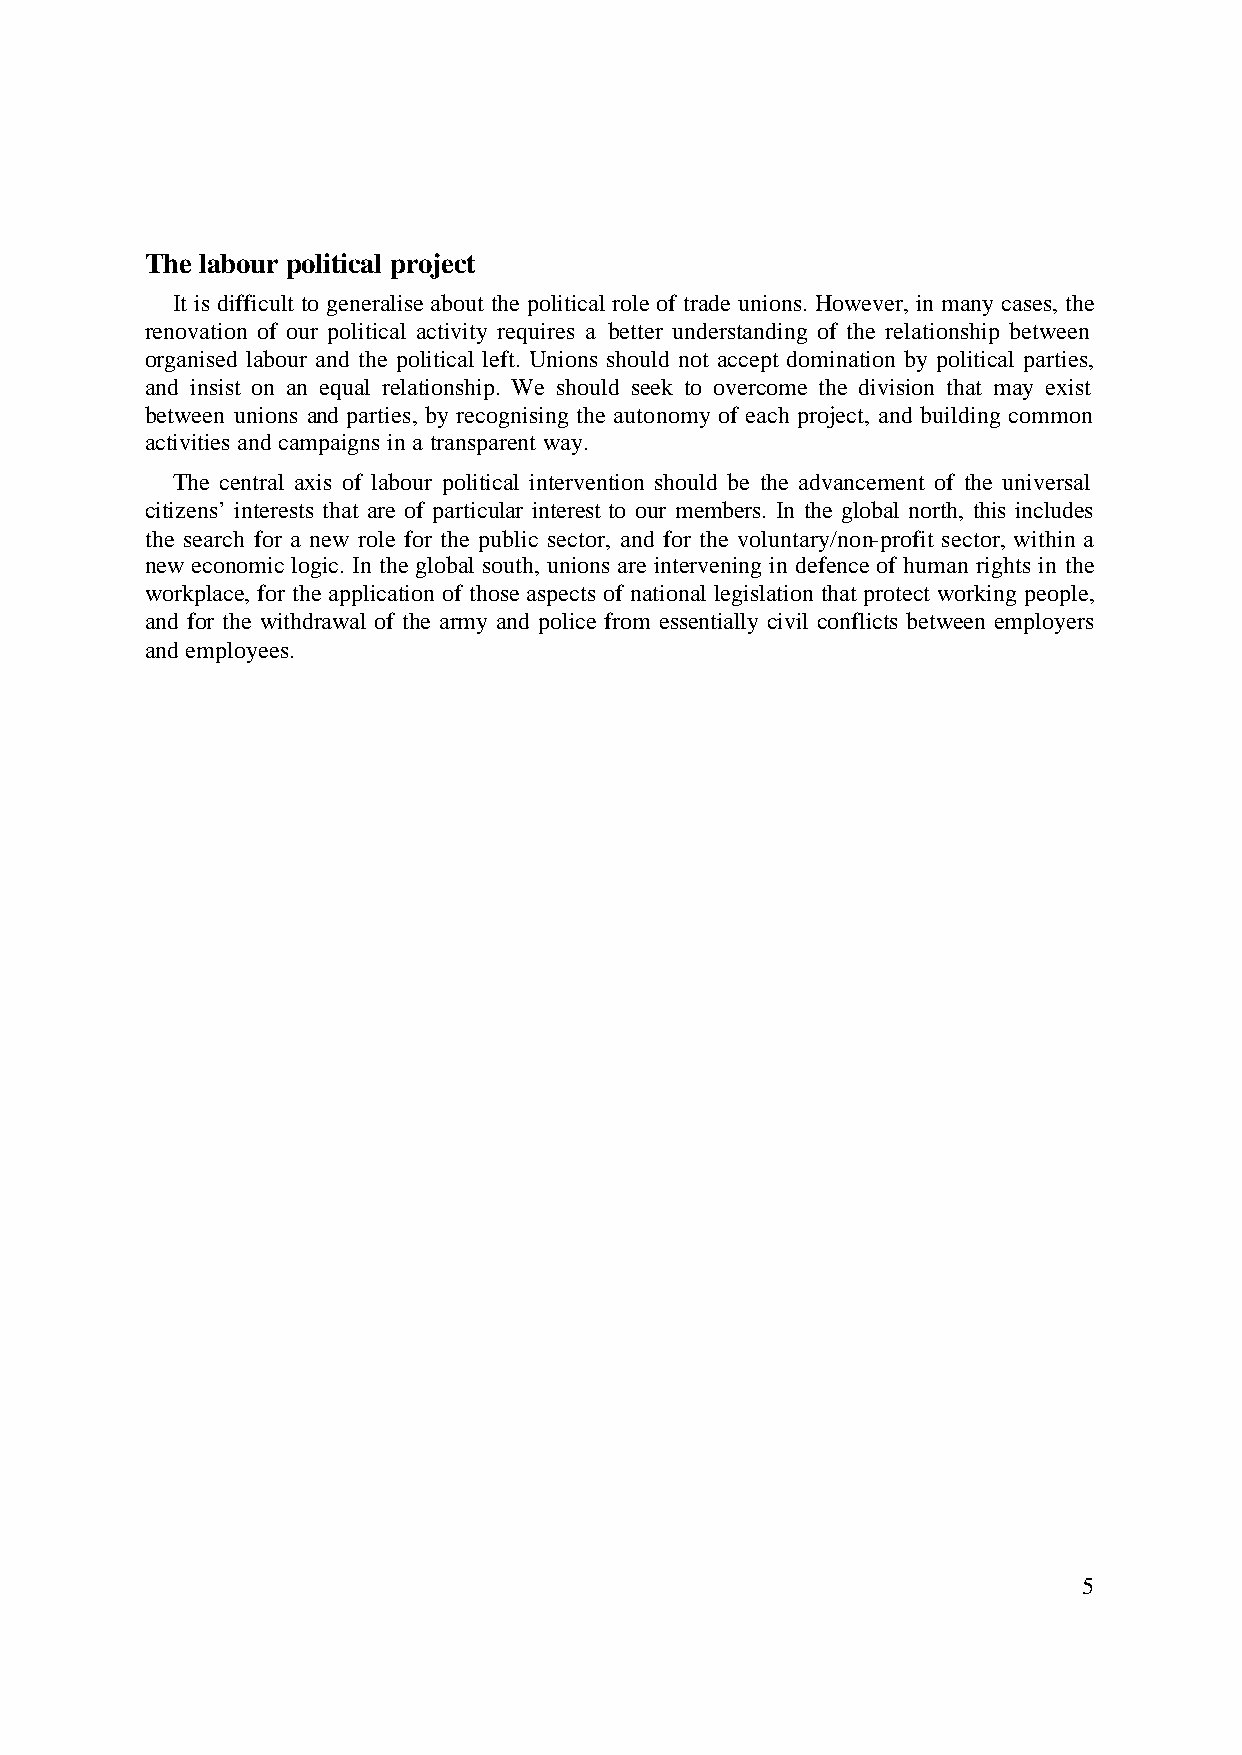
The labour political project
 It is difficult to generalise about the political role of trade unions. However, in many cases, the
 renovation of our political activity requires a better understanding of the relationship between
 organised labour and the political left. Unions should not accept domination by political parties,
 and insist on an equal relationship. We should seek to overcome the division that may exist
 between unions and parties, by recognising the autonomy of each project, and building common
 activities and campaigns in a transparent way.
 The central axis of labour political intervention should be the advancement of the universal
 citizens’ interests that are of particular interest to our members. In the global north, this includes
 the search for a new role for the public sector, and for the voluntary/non-profit sector, within a
 new economic logic. In the global south, unions are intervening in defence of human rights in the
 workplace, for the application of those aspects of national legislation that protect working people,
 and for the withdrawal of the army and police from essentially civil conflicts between employers
 and employees.
 5